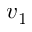
v _ { 1 }